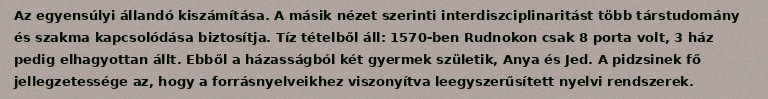
Az egyensúlyi állandó kiszámítása. A másik nézet szerinti interdiszciplinaritást több társtudomány és szakma kapcsolódása biztosítja. Tíz tételből áll: 1570-ben Rudnokon csak 8 porta volt, 3 ház pedig elhagyottan állt. Ebből a házasságból két gyermek születik, Anya és Jed. A pidzsinek fő jellegzetessége az, hogy a forrásnyelveikhez viszonyítva leegyszerűsített nyelvi rendszerek.